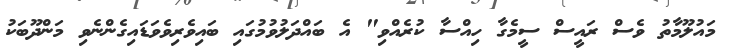
މައުލޫމާތު ވެސް ރައީސް ސީމެގާ ހިއްސާ ކުރެއްވި" އެ ބައްދަލުވުމުގައި ބައިވެރިވެވަޑައިގެންނެވި މަންދޫބަކު